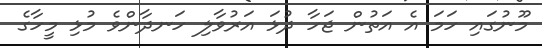
މޫނުގައި ހަމަ އެ އަތުން ޖަހާ ދުޅަ އަރުވާލި ހަނދާންވެ މުޅި މީހާގެ